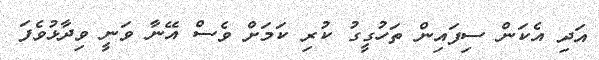
އަދި އެކަން ސިފައިން ތަހުގީގު ކުރި ކަމަށް ވެސް އޭނާ ވަނީ ވިދާޅުވެފަ